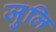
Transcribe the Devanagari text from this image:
जुलि